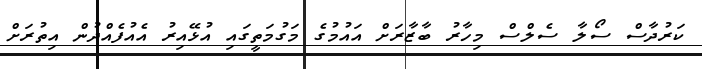
ކަރުދާސް ސޯލާ ސެލްސް މިހާރު ބާޒާރަށް އައުމުގެ މަގުމަތީގައި އުޅޭއިރު އެއުފެއްދުން އިތުރަށް